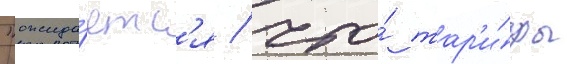
"ожида́етс'я / что́ тар'и́фы